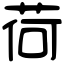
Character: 荷